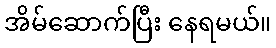
အိမ်ဆောက်ပြီး နေရမယ်။